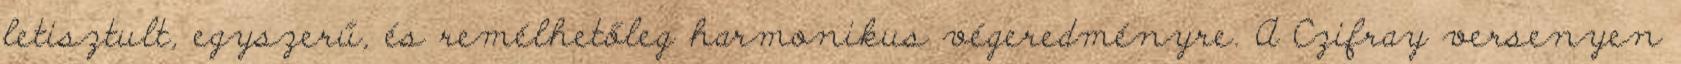
letisztult, egyszerű, és remélhetőleg harmonikus végeredményre. A Czifray versenyen